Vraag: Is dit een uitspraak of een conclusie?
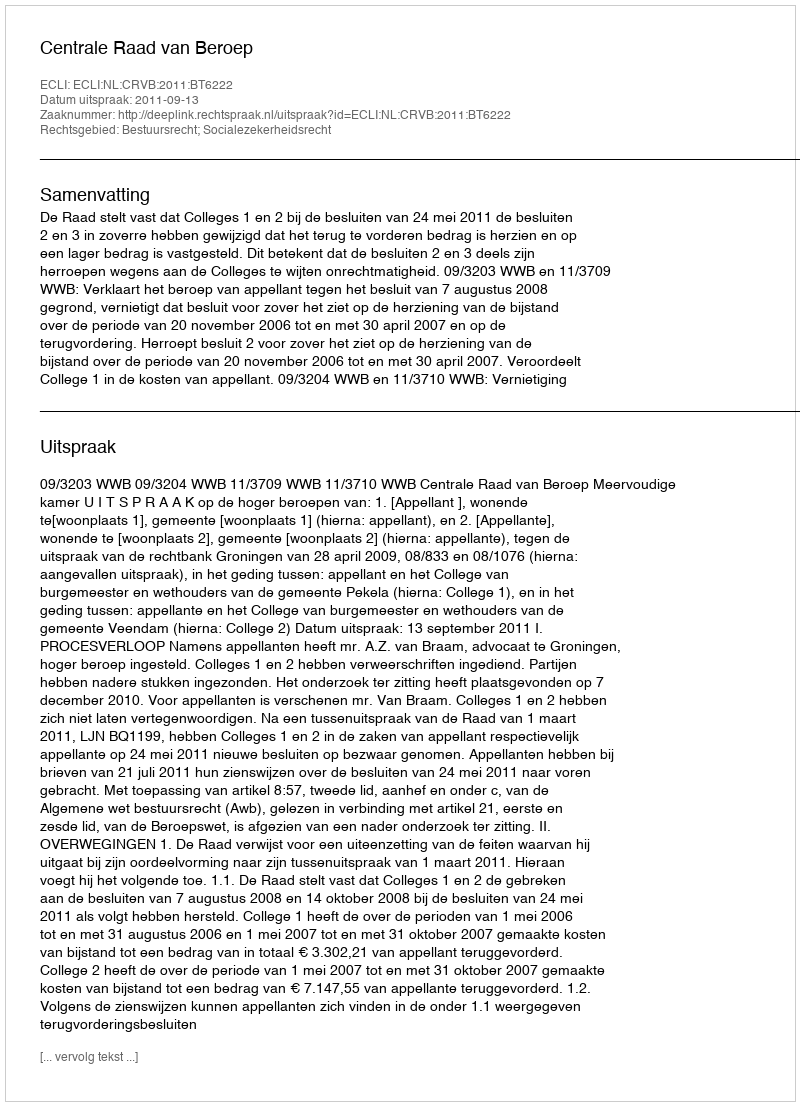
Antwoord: Uitspraak